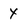
Character: y